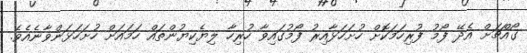
ގޯއްޗަށް އެދޭ ފޯމު ފުރިހަމަކޮށް ހުށަހަޅާއިރު ފޯމުގައިވާ ހުރިހާ ލިޔެކިޔުންތައް ހަމައަށް ހުށަހަޅަންވާނެއެވެ.